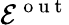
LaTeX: \mathcal{E}^{\mathrm{~o~u~t~}}